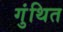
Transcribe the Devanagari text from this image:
गुंथित